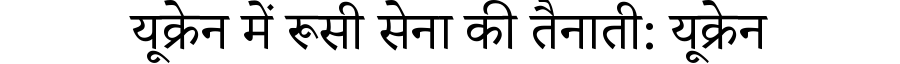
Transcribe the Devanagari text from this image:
यूक्रेन में रूसी सेना की तैनाती: यूक्रेन